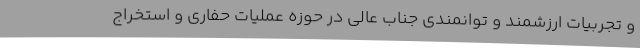
و تجربیات ارزشمند و توانمندی جناب عالی در حوزه عملیات حفاری و استخراج